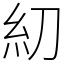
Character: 糿